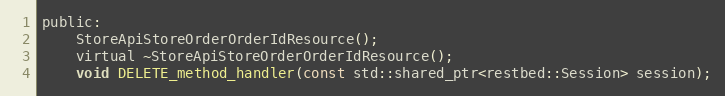
Language: C
public:
	StoreApiStoreOrderOrderIdResource();
    virtual ~StoreApiStoreOrderOrderIdResource();
    void DELETE_method_handler(const std::shared_ptr<restbed::Session> session);